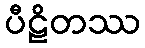
ပီဠိတဿ